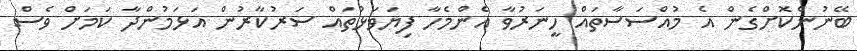
ބޭނުންކޮށްގެން އެ މުއްސަސާތައް ހީނަރުވާ އެންމެހާ ފިޔަވަޅުތައް ސަރުކާރުން އަޅަމުންދާ ކަމަށް ވެސް